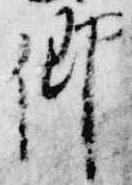
卿